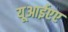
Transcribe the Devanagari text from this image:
यूआईएए